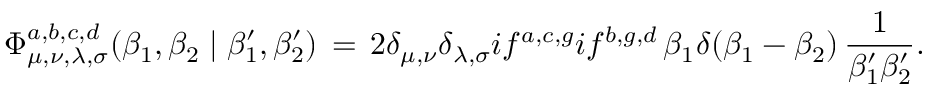
\Phi _ { \mu , \nu , \lambda , \sigma } ^ { a , b , c , d } ( \beta _ { 1 } , \beta _ { 2 } \mid \beta _ { 1 } ^ { \prime } , \beta _ { 2 } ^ { \prime } ) \, = \, 2 \delta _ { \mu , \nu } \delta _ { \lambda , \sigma } i f ^ { a , c , g } i f ^ { b , g , d } \, \beta _ { 1 } \delta ( \beta _ { 1 } - \beta _ { 2 } ) \, \frac 1 { \beta _ { 1 } ^ { \prime } \beta _ { 2 } ^ { \prime } } .